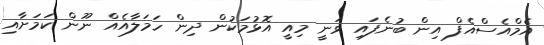
އެމްއެސްއެފް އިން ބުނެފައި ވަނީ މިއީ އޮޅުމަކުން ދިން ހަމަލާއެއް ނޫން ކަމަށާއި